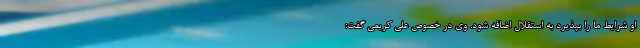
او شرایط ما را بپذیرد به استقلال اضافه شود. وی در خصوص علی کریمی گفت: